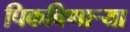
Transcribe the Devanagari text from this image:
पिकविणार्‍या